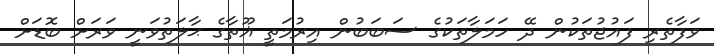
ވަފާތެރި ފައުޖުތަކުން ދޭ ހަމަލާތަކުގެ ސަބަބުން އިރުމަތީ ޣޫތާގެ ޙާލަތުވަނީ ވަރަށް ބޮޑަށް